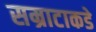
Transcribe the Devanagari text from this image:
सम्राटाकडे